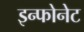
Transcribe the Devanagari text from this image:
इन्फोनेट